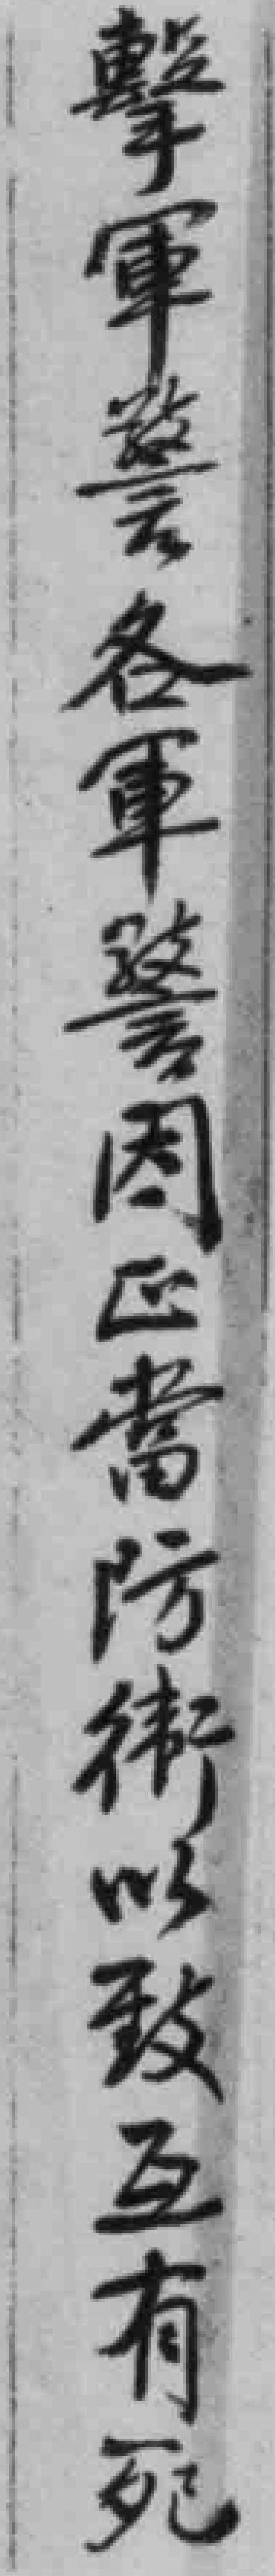
擊軍警各軍警因正當防*以致互有死